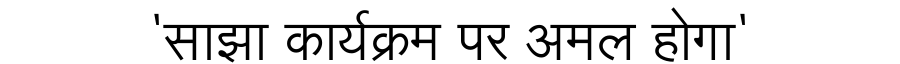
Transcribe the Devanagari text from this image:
'साझा कार्यक्रम पर अमल होगा'